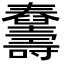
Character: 𦦾